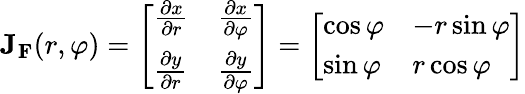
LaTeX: \mathbf{J}_{\mathbf{F}}(r,\varphi)={\left[\begin{array}{ll}{{\frac{\partial x}{\partial r}}}&{{\frac{\partial x}{\partial\varphi}}}\\ {{\frac{\partial y}{\partial r}}}&{{\frac{\partial y}{\partial\varphi}}}\end{array}\right]}={\left[\begin{array}{ll}{\cos\varphi}&{-r\sin\varphi}\\ {\sin\varphi}&{r\cos\varphi}\end{array}\right]}